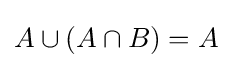
A\cup (A\cap B)=A